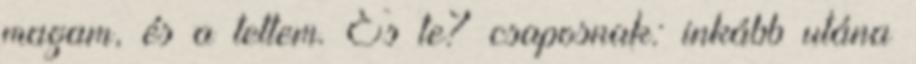
magam, és a tettem. És te? csaposnak: inkább utána